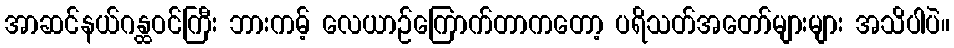
အာဆင်နယ်ဂန္ထဝင်ကြီး ဘားကမ့် လေယာဉ်ကြောက်တာကတော့ ပရိသတ်အတော်များများ အသိပါပဲ။